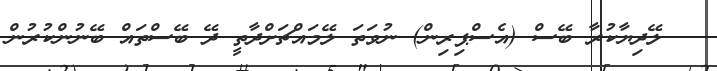
ލޭދިޔާކުރާ ބޭސް (އެސްޕިރިން) ނުވަތަ ލޭމައްޗަށްދާތީ ދޭ ބޭސްތައް ބޭނުންކުރުން